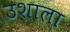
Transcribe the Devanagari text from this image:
उशाला